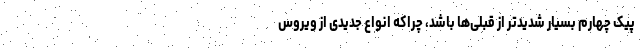
پیک چهارم بسیار شدیدتر از قبلی‌ها باشد، چراکه انواع جدیدی از ویروس